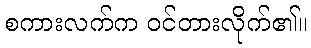
စကားလက်က ဝင်တားလိုက်၏။